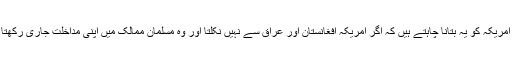
‘ انہوں نے اس موقع پر کہا کہ وہ امریکہ کو یہ بتانا چاہتے ہیں کہ اگر امریکہ افغانستان اور عراق سے نہیں نکلتا اور وہ مسلمان ممالک میں اپنی مداخلت جاری رکھتا ہے تو ’ہم اس پر حملہ کریں گے۔